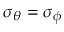
\sigma _ { \theta } = \sigma _ { \phi }